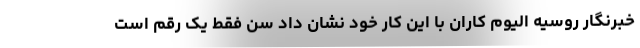
خبرنگار روسیه الیوم کاران با این کار خود نشان داد سن فقط یک رقم است